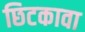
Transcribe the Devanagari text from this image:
छिटकावा